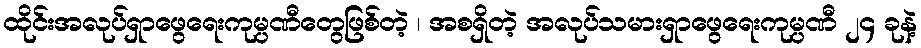
ထိုင်းအလုပ်ရှာဖွေရေးကုမ္ပဏီတွေဖြစ်တဲ့ ၊ အစရှိတဲ့ အလုပ်သမားရှာဖွေရေးကုမ္ပဏီ ၂၄ ခုနဲ့